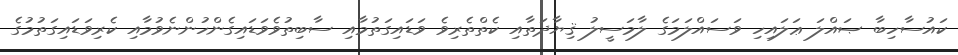
ކައުސާހިބާ ޞައްލަ ޢަލައިހި ވަސައްލަމަގެ ލާމަސީލު ޤިޔާދަތާއި ކެތްތެރިވެ ވަޑައިގަތުމާއި ސާބިތުވެވަޑައިގެންހުންނެވުމާއި ކެރިވަޑައިގަތުމުގެ